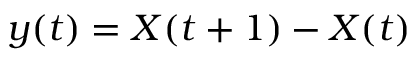
y ( t ) = X ( t + 1 ) - X ( t )